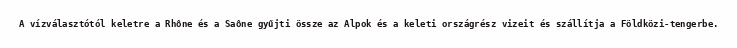
A vízválasztótól keletre a Rhône és a Saône gyűjti össze az Alpok és a keleti országrész vizeit és szállítja a Földközi-tengerbe.